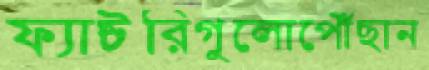
ফ্যাক্টরিগুলোপৌঁছান